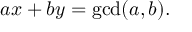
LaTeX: a x + b y = \operatorname* { g c d } ( a , b ) .